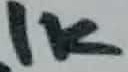
Text: 1K